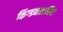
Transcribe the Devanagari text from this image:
किंग्डमशासित